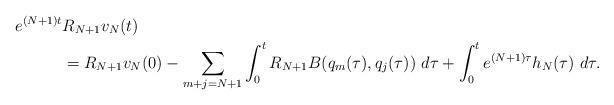
LaTeX: \begin{align*}e^{(N+1)t}&R_{N+1}v_N(t)\\&=R_{N+1}v_N(0)-\sum_{m+j=N+1}\int_0^tR_{N+1}B(q_m(\tau), q_j(\tau))\ d\tau+\int_0^te^{(N+1)\tau}h_N(\tau)\ d\tau.\end{align*}